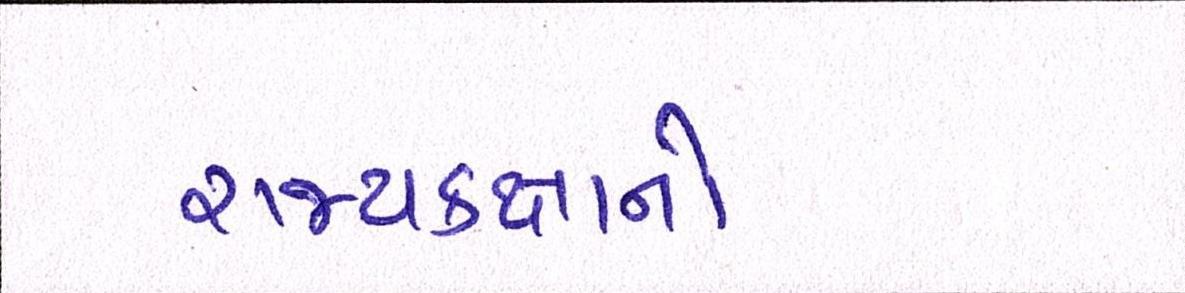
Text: રાજ્યકક્ષાનો